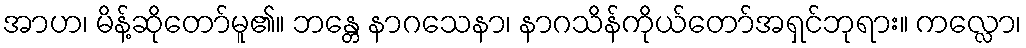
အာဟ၊ မိန့်ဆိုတော်မူ၏။ ဘန္တေ နာဂသေနာ၊ နာဂသိန်ကိုယ်တော်အရှင်ဘုရား။ ကလ္လော၊